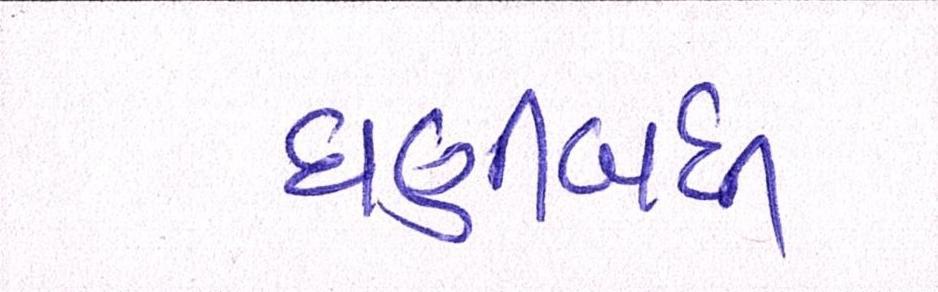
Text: ઘણીબધી